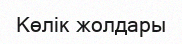
Көлік жолдары